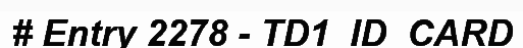
# Entry 2278 - TD1_ID_CARD